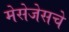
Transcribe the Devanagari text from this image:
मेसेजेसचे